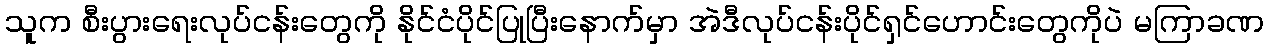
သူက စီးပွားရေးလုပ်ငန်းတွေကို နိုင်ငံပိုင်ပြုပြီးနောက်မှာ အဲဒီလုပ်ငန်းပိုင်ရှင်ဟောင်းတွေကိုပဲ မကြာခဏ